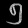
Digit: ၅